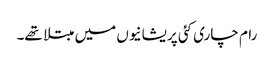
رام چاری کئی پریشانیوں میں مبتلا تھے۔